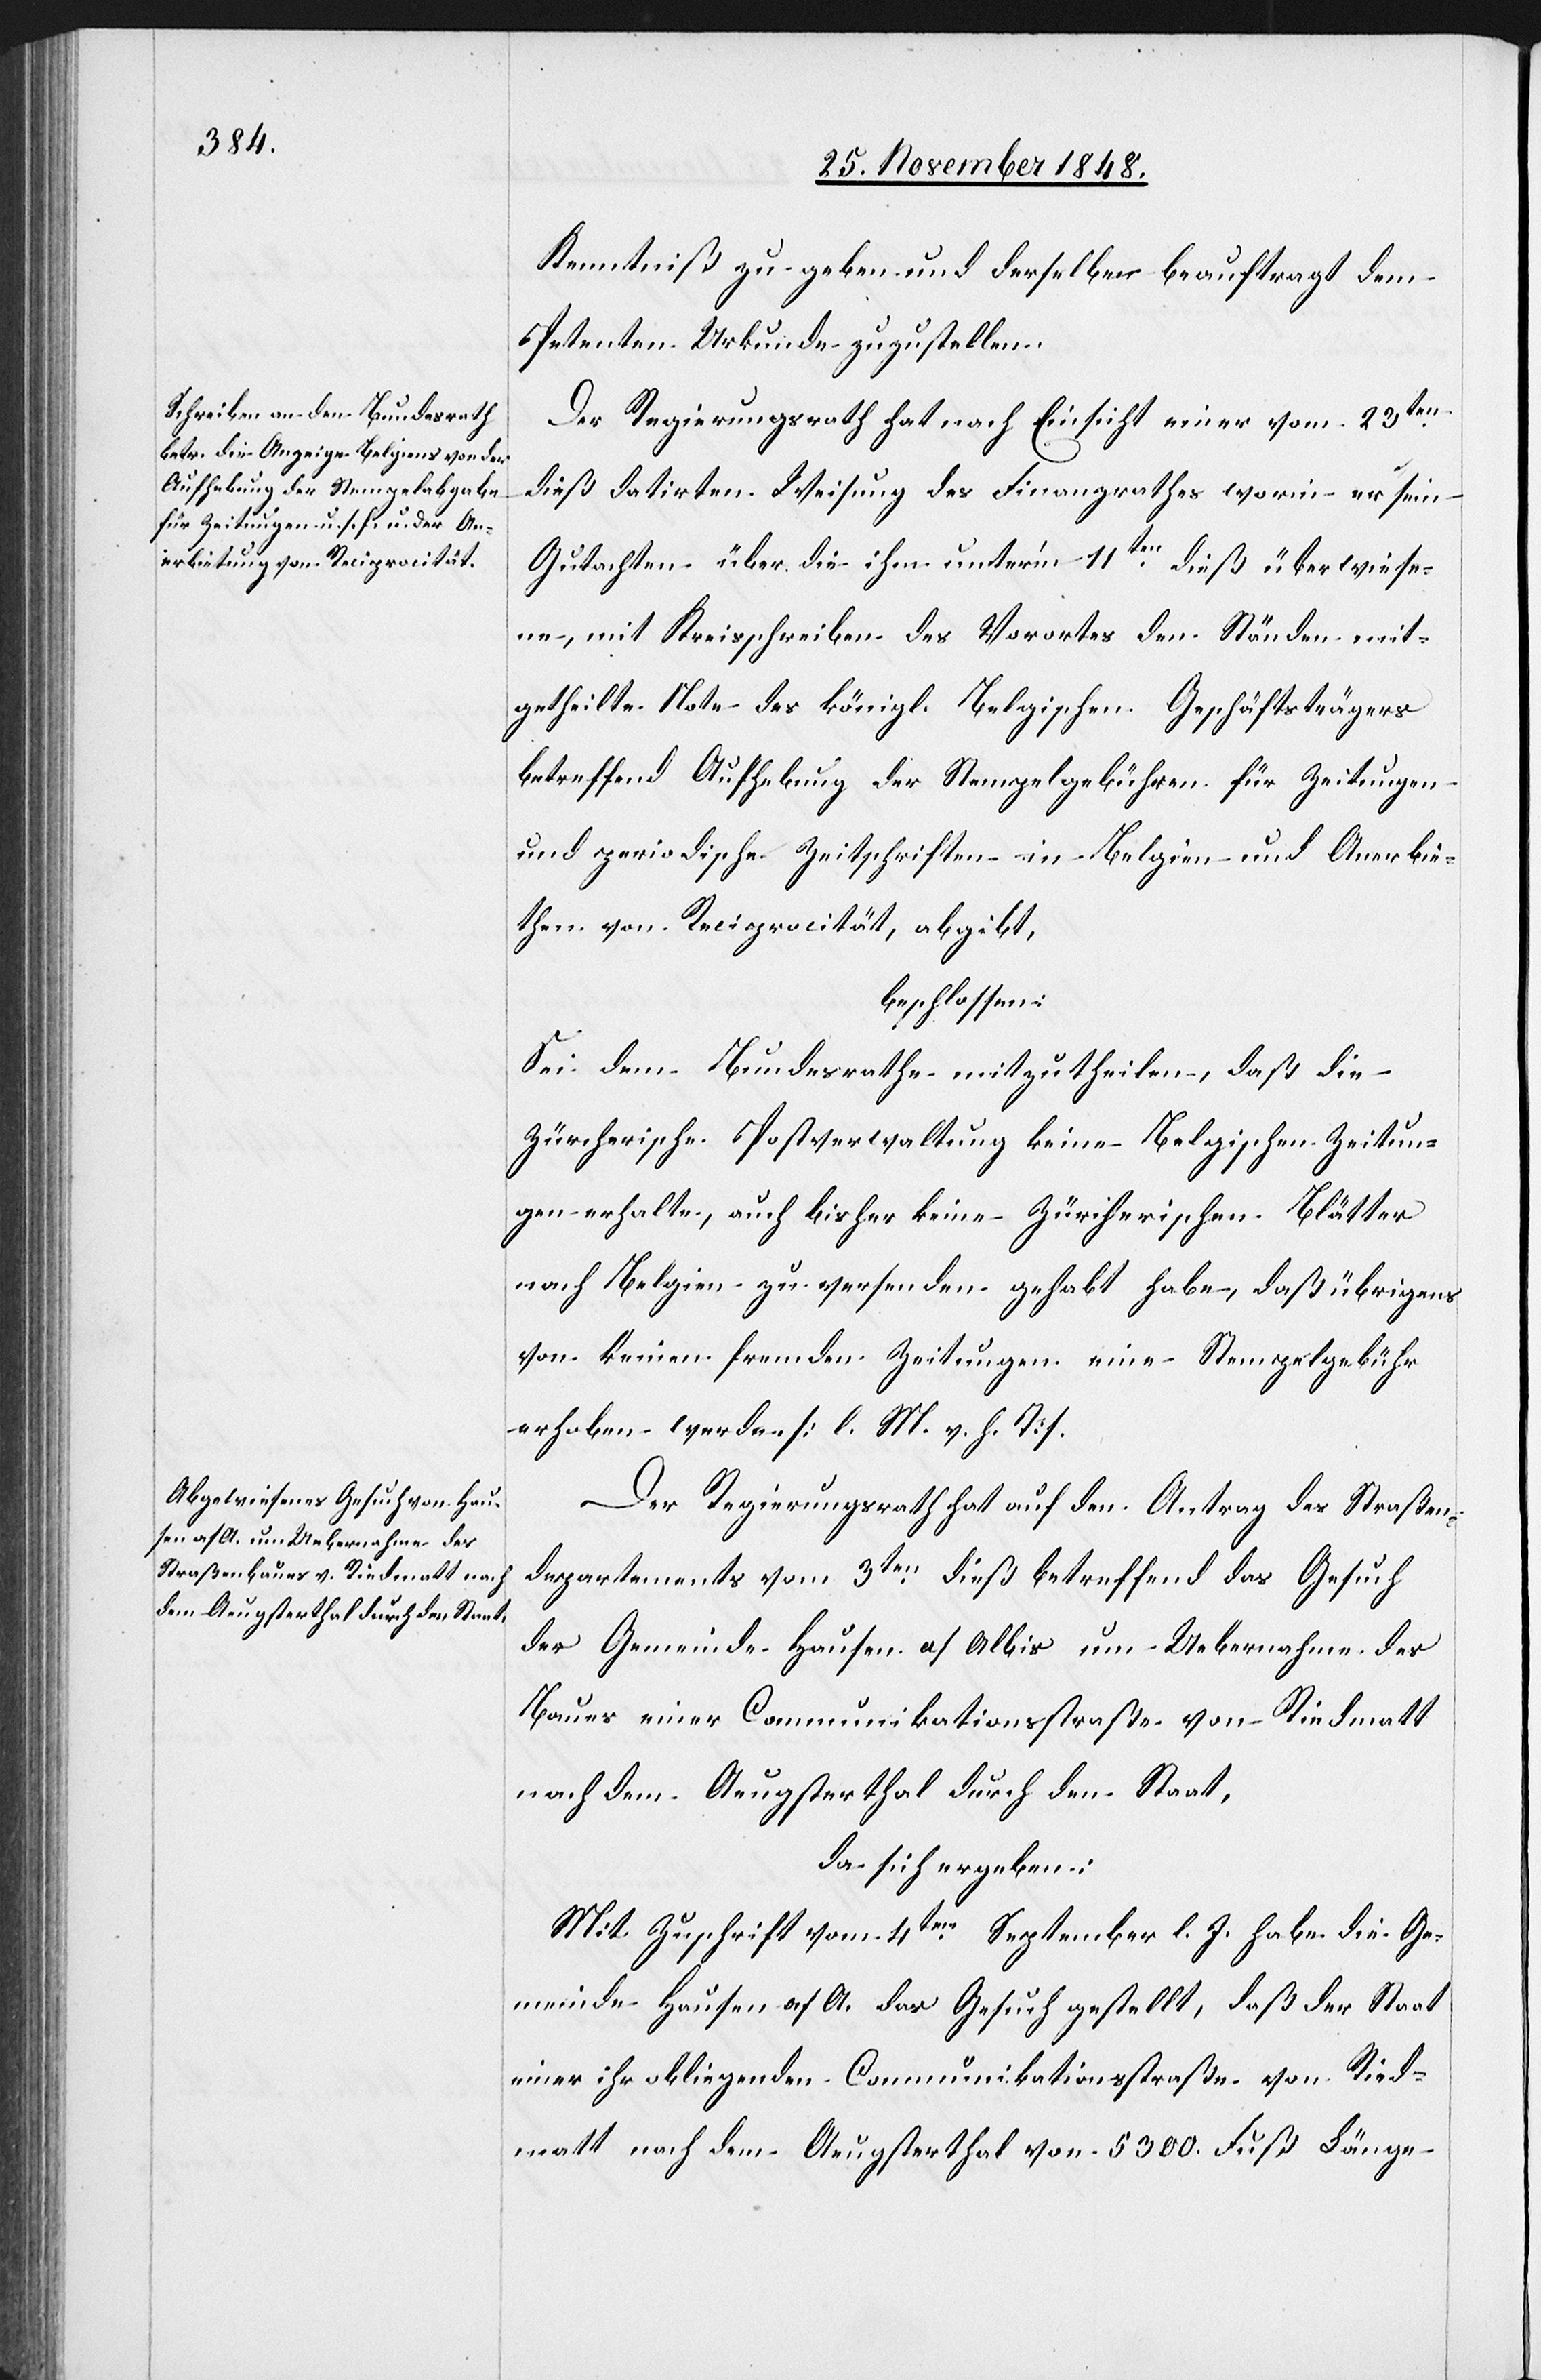
Kenntniß zu geben und derselben beauftragt dem
Petenten Urkunde zuzustellen.
Der Regierungsrath hat nach Einsicht einer vom 23ten
dieß datirten Weisung des Finanzrathes worin er sein
Gutachten über die ihm unter’m 11ten dieß überwiese¬
ne, mit Kreisschreiben des Vorortes den Ständen mit¬
getheilte Note des königl. Belgischen Geschäftsträgers
betreffend Aufhebung der Stempelgebühren für Zeitungen
und periodische Zeitschriften in Belgien und Anerbie¬
then von Reciprocität, abgibt,
beschlossen:
Sei dem Bundesrathe mitzutheilen, das die
zürcherische Postverwaltung keine Belgischen Zeitun¬
gen erhalte, auch bisher keine Zürcherischen Blätter
nach Belgien zu versenden gehabt habe, daß übrigens
von keinen fremden Zeitungen eine Stempelgebühr
erhoben werde. [l. M. v. h. T].
Der Regierungsrath hat auf den Antrag des Straßen¬
departements vom 3ten dieß betreffend das Gesuch
der Gemeinde Hausen a/Albis um Uebernahme des
Baues einer Communikationsstraße von Riedmatt
nach dem Aeugsterthal durch den Staat,
da sich ergeben:
Mit Zuschrift vom 4ten September l. J. habe die Ge¬
meinde Hausen a/A. das Gesuch gestellt, daß der Staat
einer ihr obliegenden Communikationsstraße von Ried¬
matt nach dem Auegsterthal von 5300. Fuß Länge